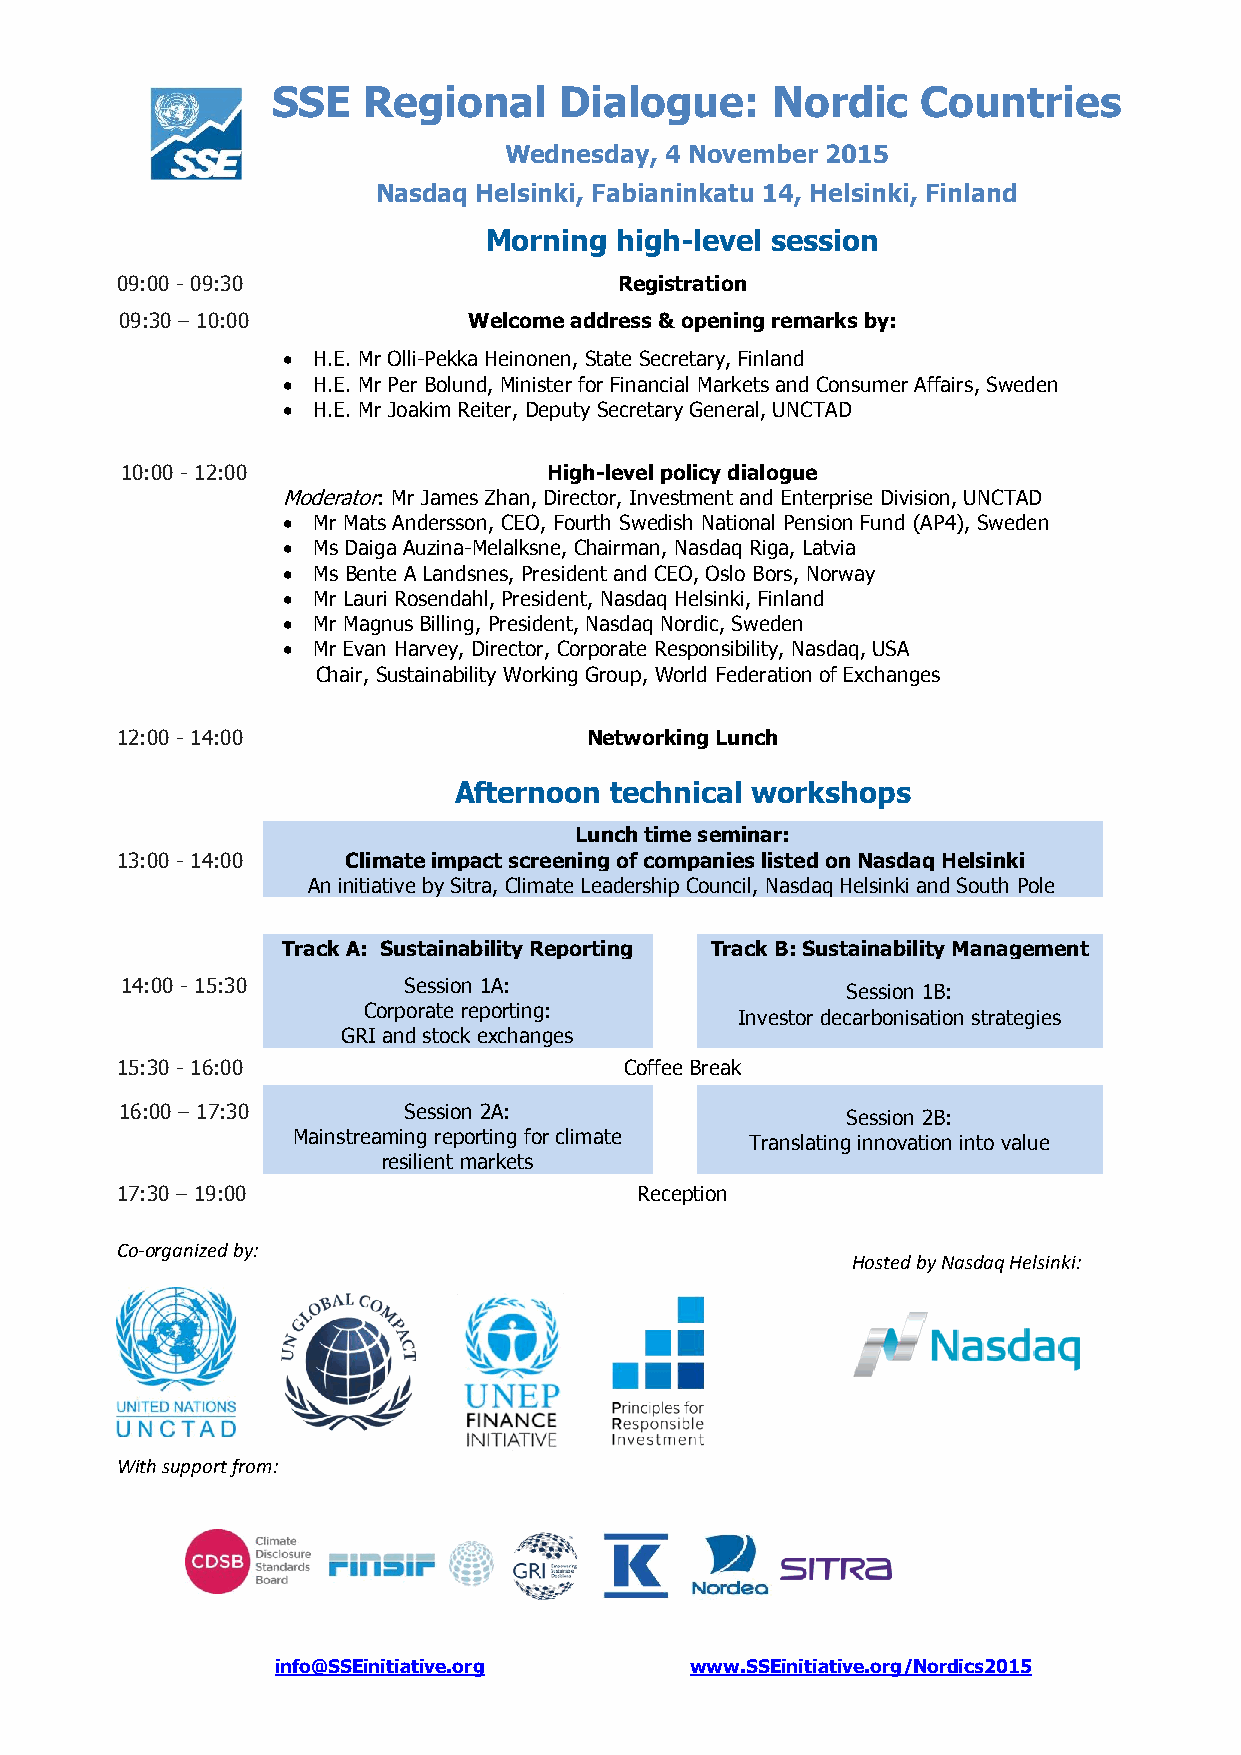
SSE   Regional     Dialogue:     Nordic    Countries
 Wednesday, 4 November 2015
 Nasdaq Helsinki, Fabianinkatu 14, Helsinki, Finland
 Morning  high-level session
 09:00 - 09:30                    Registration
 09:30 – 10:00          Welcome address & opening remarks by:
  H.E. Mr Olli-Pekka Heinonen, State Secretary, Finland
  H.E. Mr Per Bolund, Minister for Financial Markets and Consumer Affairs, Sweden
  H.E. Mr Joakim Reiter, Deputy Secretary General, UNCTAD
 10:00 - 12:00               High-level policy dialogue
 Moderator: Mr James Zhan, Director, Investment and Enterprise Division, UNCTAD
  Mr Mats Andersson, CEO, Fourth Swedish National Pension Fund (AP4), Sweden
  Ms Daiga Auzina-Melalksne, Chairman, Nasdaq Riga, Latvia
  Ms Bente A Landsnes, President and CEO, Oslo Bors, Norway
  Mr Lauri Rosendahl, President, Nasdaq Helsinki, Finland
  Mr Magnus Billing, President, Nasdaq Nordic, Sweden
  Mr Evan Harvey, Director, Corporate Responsibility, Nasdaq, USA
 Chair, Sustainability Working Group, World Federation of Exchanges
 12:00 - 14:00                  Networking Lunch
 Afternoon technical workshops
 Lunch time seminar:
 13:00 - 14:00  Climate impact screening of companies listed on Nasdaq Helsinki
 An initiative by Sitra, Climate Leadership Council, Nasdaq Helsinki and South Pole
 Track A: Sustainability Reporting Track B: Sustainability Management
 14:00 - 15:30      Session 1A:                  Session 1B:
 Corporate reporting:     Investor decarbonisation strategies
 GRI and stock exchanges
 15:30 - 16:00                    Coffee Break
 16:00 – 17:30      Session 2A:
 Session 2B:
 Mainstreaming reporting for climate Translating innovation into value
 resilient markets
 17:30 – 19:00                     Reception
 Co-organized by:
 Hosted by Nasdaq Helsinki:
 With support from:
 info@SSEinitiative.org      www.SSEinitiative.org/Nordics2015